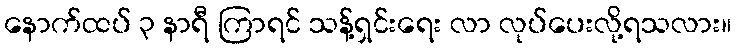
နောက်ထပ် ၃ နာရီ ကြာရင် သန့်ရှင်းရေး လာ လုပ်ပေးလို့ရသလား။